Indian journal of veterinary science and animal husbandry - Volume 12,
Year: 1942
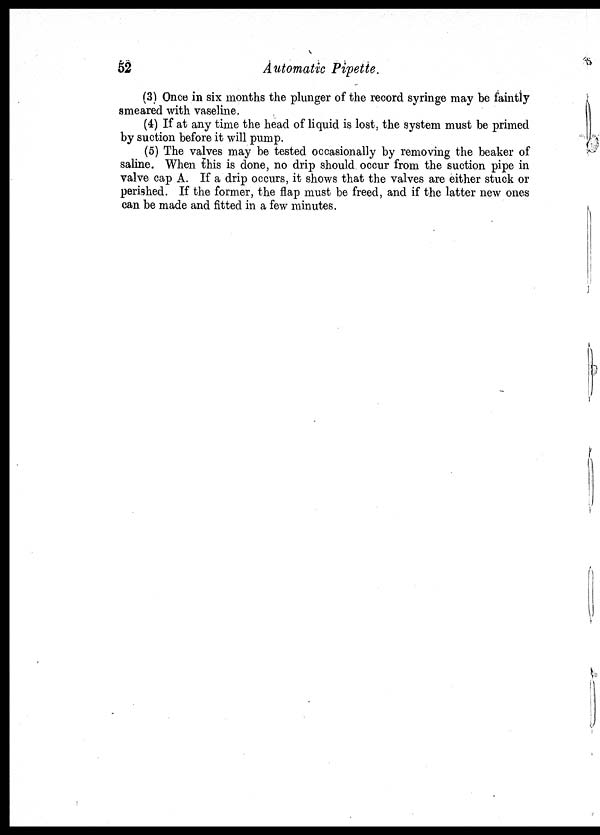
52
Automatic Pipette.
(3) Once in six months the plunger of the record syringe may be faintly
smeared with vaseline.
(4) If at any time the head of liquid is lost, the system must be primed
by suction before it will pump.
(5) The valves may be tested occasionally by removing the beaker of
saline. When this is done, no drip should occur from the suction pipe in
valve cap A. If a drip occurs, it shows that the valves are either stuck or
perished. If the former, the flap must be freed, and if the latter new ones
can be made and fitted in a few minutes.